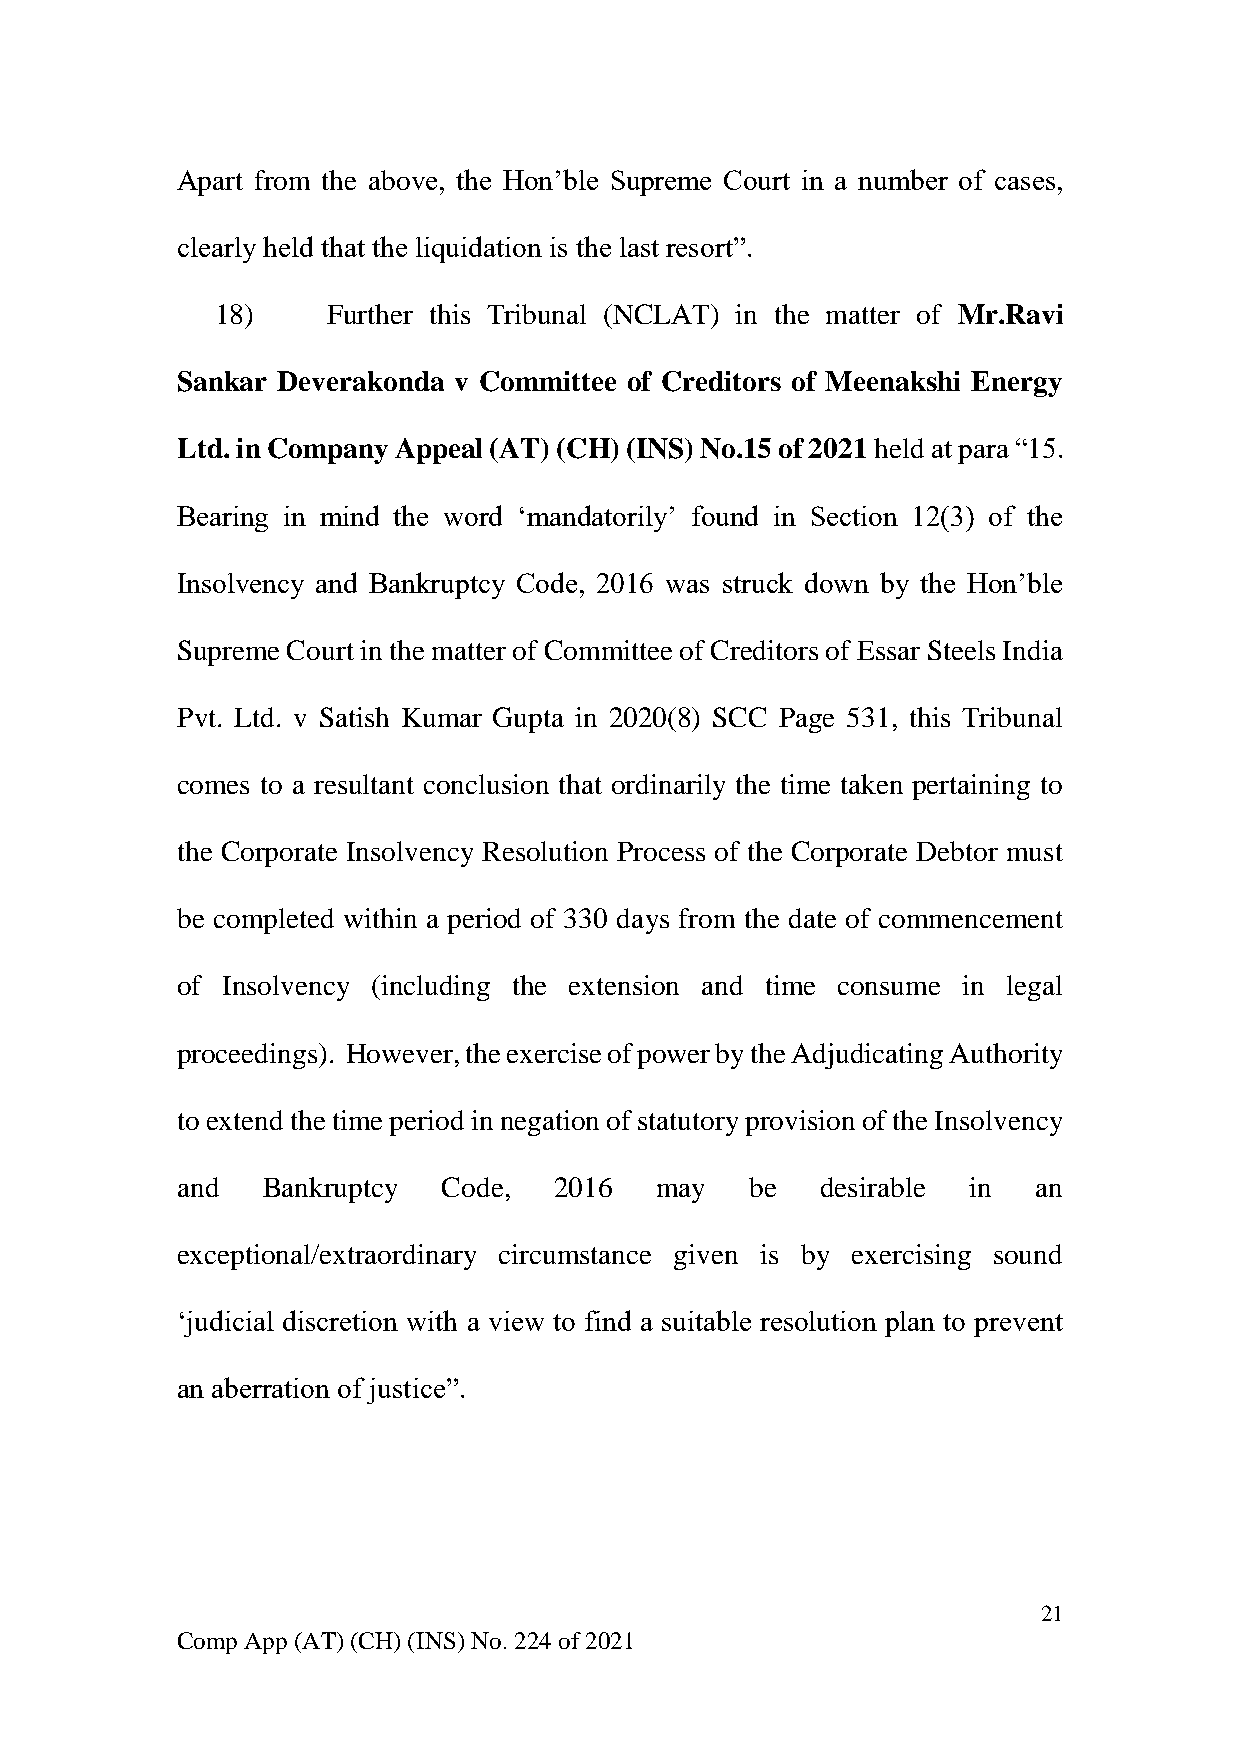
Apart from the above, the Hon’ble Supreme Court in a number of cases,
 clearly held that the liquidation is the last resort”.
 18)     Further this Tribunal (NCLAT) in the matter of Mr.Ravi
 Sankar Deverakonda v Committee of Creditors of Meenakshi Energy
 Ltd. in Company Appeal (AT) (CH) (INS) No.15 of 2021 held at para “15.
 Bearing in mind the word ‘mandatorily’ found in Section 12(3) of the
 Insolvency and Bankruptcy Code, 2016 was struck down by the Hon’ble
 Supreme Court in the matter of Committee of Creditors of Essar Steels India
 Pvt. Ltd. v Satish Kumar Gupta in 2020(8) SCC Page 531, this Tribunal
 comes to a resultant conclusion that ordinarily the time taken pertaining to
 the Corporate Insolvency Resolution Process of the Corporate Debtor must
 be completed within a period of 330 days from the date of commencement
 of Insolvency (including the extension and time consume in legal
 proceedings). However, the exercise of power by the Adjudicating Authority
 to extend the time period in negation of statutory provision of the Insolvency
 and  Bankruptcy  Code,   2016  may    be  desirable in   an
 exceptional/extraordinary circumstance given is by exercising sound
 ‘judicial discretion with a view to find a suitable resolution plan to prevent
 an aberration of justice”.
 21
 Comp App (AT) (CH) (INS) No. 224 of 2021